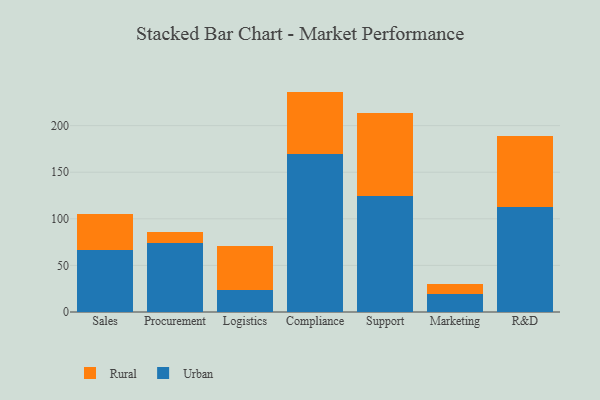
{"axis": {"x": "Department", "y": "Operating Costs (USD K)"}, "legend": ["Rural", "Urban"], "data": [{"x": "Sales", "y": 66.6, "type": "Urban"}, {"x": "Sales", "y": 39.1, "type": "Rural"}, {"x": "Procurement", "y": 73.8, "type": "Urban"}, {"x": "Procurement", "y": 11.8, "type": "Rural"}, {"x": "Logistics", "y": 23.3, "type": "Urban"}, {"x": "Logistics", "y": 47.3, "type": "Rural"}, {"x": "Compliance", "y": 169.3, "type": "Urban"}, {"x": "Compliance", "y": 67.2, "type": "Rural"}, {"x": "Support", "y": 124.0, "type": "Urban"}, {"x": "Support", "y": 89.8, "type": "Rural"}, {"x": "Marketing", "y": 19.8, "type": "Urban"}, {"x": "Marketing", "y": 9.8, "type": "Rural"}, {"x": "R&D", "y": 113.1, "type": "Urban"}, {"x": "R&D", "y": 75.5, "type": "Rural"}]}